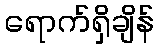
ရောက်ရှိချိန်